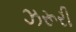
ઝરૂરી